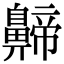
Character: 𪖰